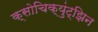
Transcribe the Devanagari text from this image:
क्सोचिक्युंट्झिन